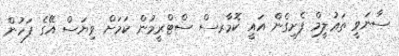
ސާނަވީ ތަޢުލީމް ފެށިގެން އައީ ކޮމާރސް ސްޓްރީމުން ކަމަށް ވިޔަސް އޭގެ ފަހުން